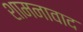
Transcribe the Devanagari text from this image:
शामनावाद